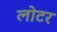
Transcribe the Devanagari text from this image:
लोटर